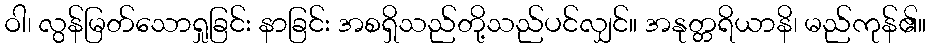
ဝါ၊ လွန်မြတ်သောရှုခြင်း နာခြင်း အစရှိသည်တို့သည်ပင်လျှင်။ အနုတ္တရိယာနိ၊ မည်ကုန်၏။